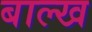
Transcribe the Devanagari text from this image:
बाल्ख